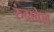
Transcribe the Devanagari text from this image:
रुंदावेल